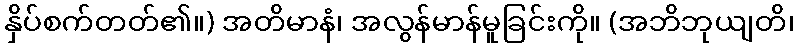
နှိပ်စက်တတ်၏။) အတိမာနံ၊ အလွန်မာန်မူခြင်းကို။ (အဘိဘုယျတိ၊